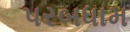
પરબધામ